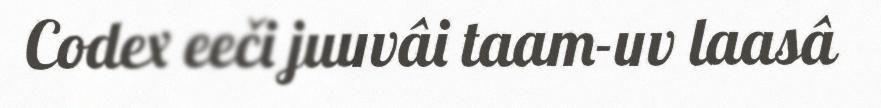
Codex eeči juuvâi taam-uv laasâ